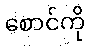
စောင်ကို